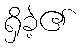
ရှိခဲ့၏